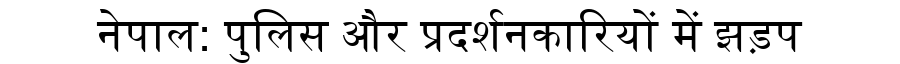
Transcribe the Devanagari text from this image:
नेपाल: पुलिस और प्रदर्शनकारियों में झड़प